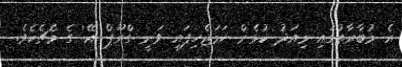
އެ މުބާރާތުގައި މިއަދު ކުޅެން ހަމަޖެހިފައި ވަނީ ގްރޫޕް 'އޭ' ގެ މެޗެކެވެ.